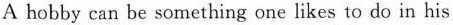
A hobby can be something one likes to do in his